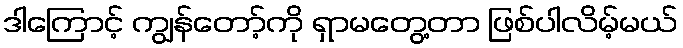
ဒါကြောင့် ကျွန်တော့်ကို ရှာမတွေ့တာ ဖြစ်ပါလိမ့်မယ်